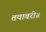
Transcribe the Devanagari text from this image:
तयावरी॥